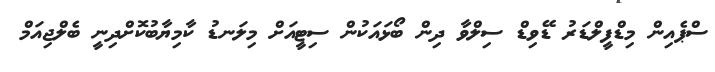
ސްޕެއިން މިޑްފީލްޑަރު ޑޭވިޑް ސިލްވާ ދިން ބޯޅައަކުން ސިޓީއަށް މިލަނޑު ކާމިޔާބުކޮށްދިނީ ބެލްޖިއަމް